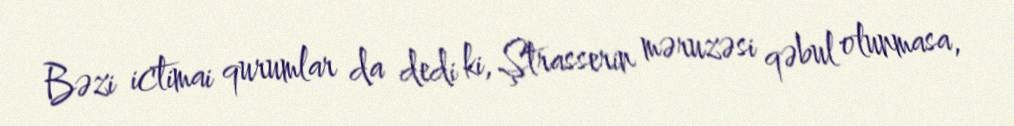
Bəzi ictimai qurumlar da dedi ki, Ştrasserin məruzəsi qəbul olunmasa,